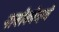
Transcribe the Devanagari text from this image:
नाबोकोव्हचे